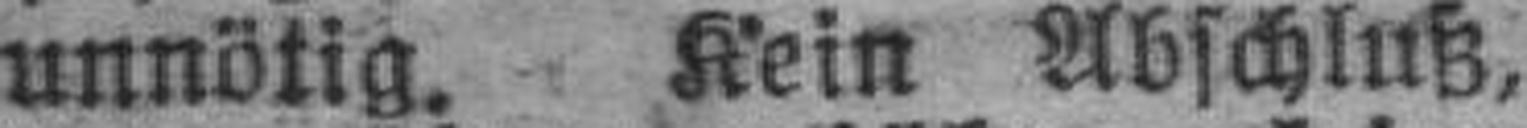
unnötig. Kein Abschluß,